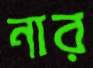
নার